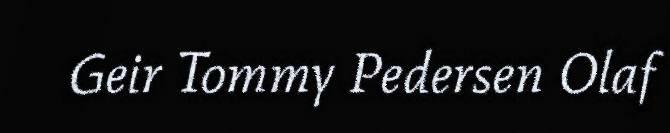
Geir Tommy Pedersen Olaf